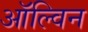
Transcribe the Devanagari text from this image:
ऑल्विन